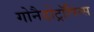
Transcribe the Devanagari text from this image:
गोनैडोट्रॉपिन्स